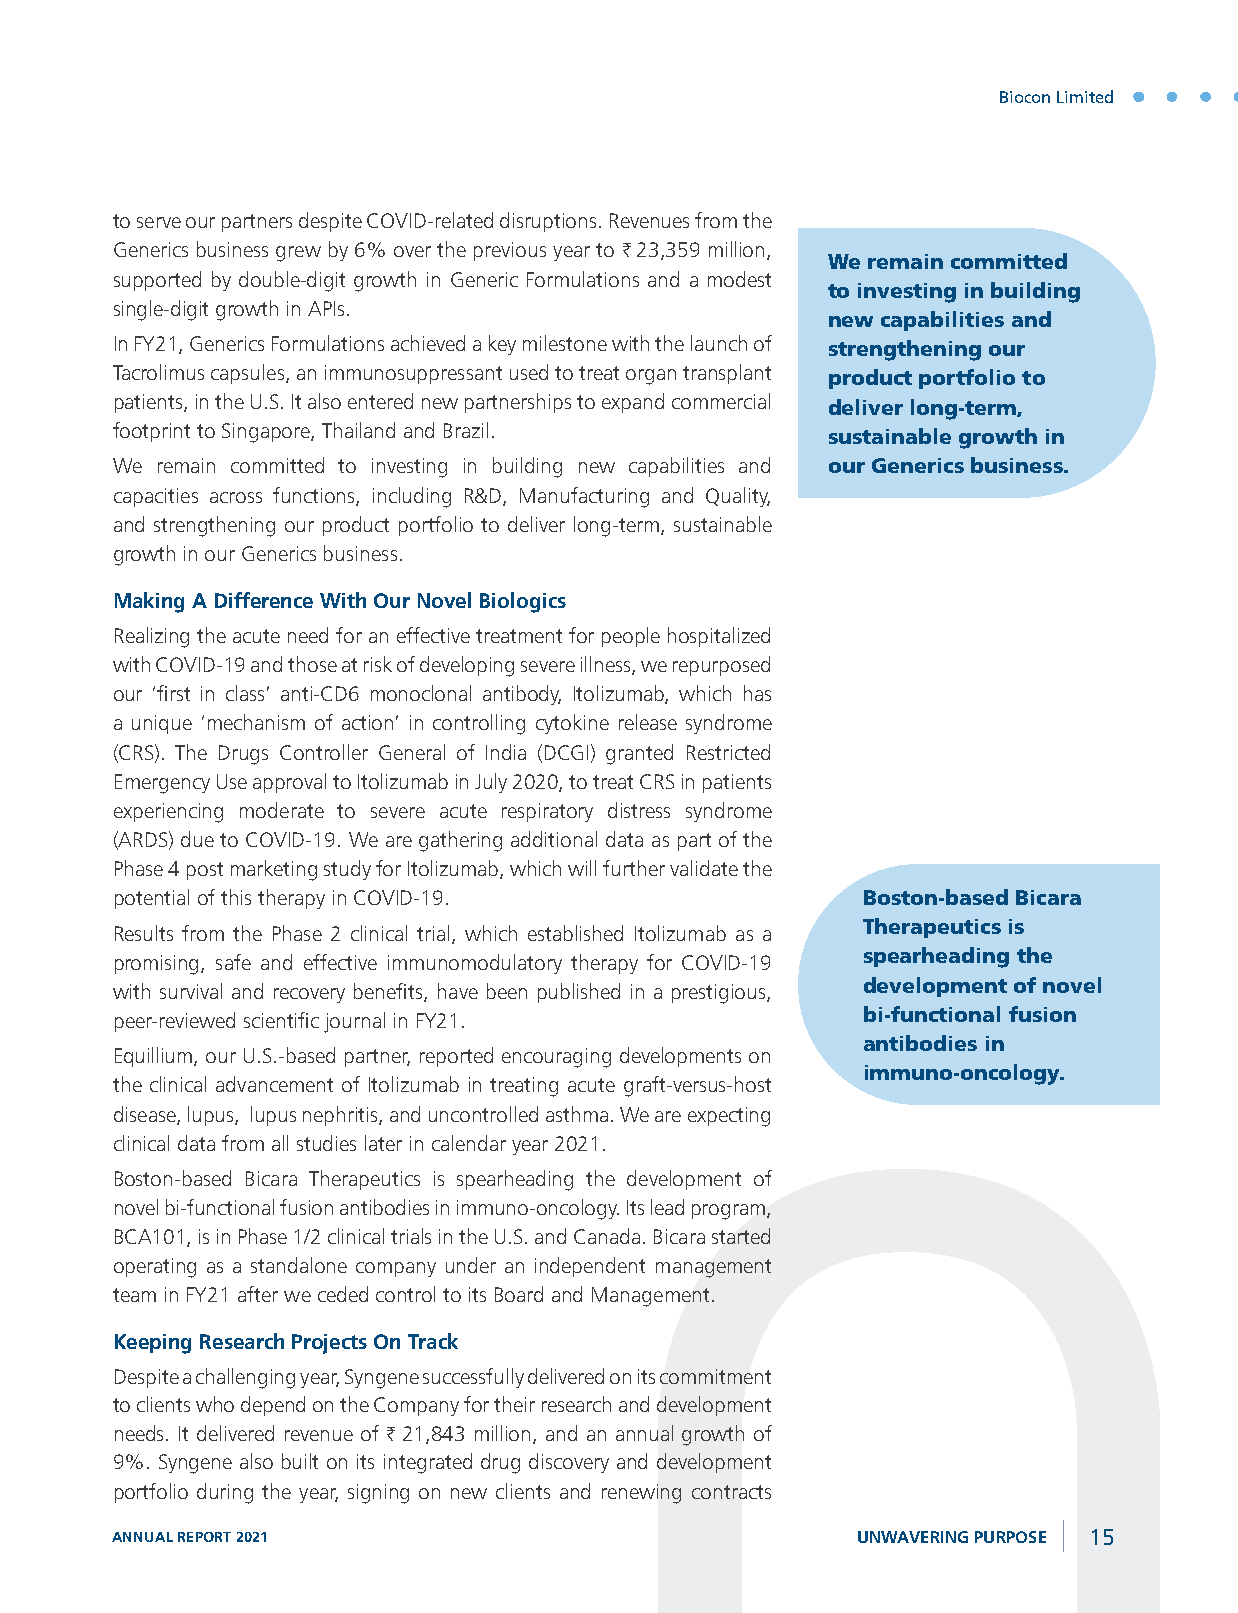
Biocon Limited
 to serve our partners despite COVID-related disruptions. Revenues from the
 Generics business grew by 6% over the previous year to H 23,359 million,
 We remain committed
 supported by double-digit growth in Generic Formulations and a modest
 to investing in building
 single-digit growth in APIs.
 new capabilities and
 In FY21, Generics Formulations achieved a key milestone with the launch of strengthening our
 Tacrolimus capsules, an immunosuppressant used to treat organ transplant product portfolio to
 patients, in the U.S. It also entered new partnerships to expand commercial deliver long-term,
 footprint to Singapore, Thailand and Brazil.    sustainable growth in
 We remain committed to investing in building new capabilities and our Generics business.
 capacities across functions, including R&D, Manufacturing and Quality,
 and strengthening our product portfolio to deliver long-term, sustainable
 growth in our Generics business.
 Making A Difference With Our Novel Biologics
 Realizing the acute need for an effective treatment for people hospitalized
 with COVID-19 and those at risk of developing severe illness, we repurposed
 our ‘first in class’ anti-CD6 monoclonal antibody, Itolizumab, which has
 a unique ‘mechanism of action’ in controlling cytokine release syndrome
 (CRS). The Drugs Controller General of India (DCGI) granted Restricted
 Emergency Use approval to Itolizumab in July 2020, to treat CRS in patients
 experiencing moderate to severe acute respiratory distress syndrome
 (ARDS) due to COVID-19. We are gathering additional data as part of the
 Phase 4 post marketing study for Itolizumab, which will further validate the
 potential of this therapy in COVID-19.            Boston-based Bicara
 Results from the Phase 2 clinical trial, which established Itolizumab as a Therapeutics is
 promising, safe and effective immunomodulatory therapy for COVID-19 spearheading the
 with survival and recovery benefits, have been published in a prestigious, development of novel
 peer-reviewed scientific journal in FY21.         bi-functional fusion
 antibodies in
 Equillium, our U.S.-based partner, reported encouraging developments on
 immuno-oncology.
 the clinical advancement of Itolizumab in treating acute graft-versus-host
 disease, lupus, lupus nephritis, and uncontrolled asthma. We are expecting
 clinical data from all studies later in calendar year 2021.
 Boston-based Bicara Therapeutics is spearheading the development of
 novel bi-functional fusion antibodies in immuno-oncology. Its lead program,
 BCA101, is in Phase 1/2 clinical trials in the U.S. and Canada. Bicara started
 operating as a standalone company under an independent management
 team in FY21 after we ceded control to its Board and Management.
 Keeping Research Projects On Track
 Despite a challenging year, Syngene successfully delivered on its commitment
 to clients who depend on the Company for their research and development
 needs. It delivered revenue of H 21,843 million, and an annual growth of
 9%. Syngene also built on its integrated drug discovery and development
 portfolio during the year, signing on new clients and renewing contracts
 ANNUAL REPORT 2021                                UNWAVERING PURPOSE 15